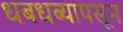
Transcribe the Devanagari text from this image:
धबधब्यापसून